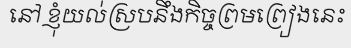
នៅ ខ្ញុំយល់ស្របនឹងកិច្ចព្រមព្រៀងនេះ